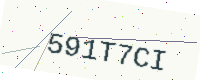
Text: 591T7CI